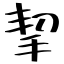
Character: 挈